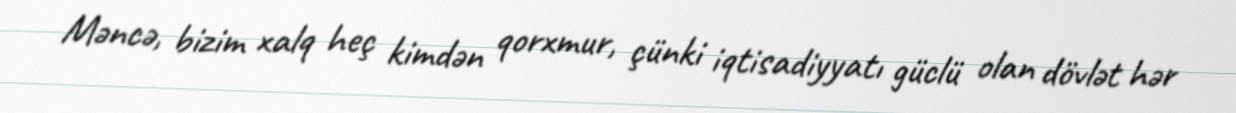
Məncə, bizim xalq heç kimdən qorxmur, çünki iqtisadiyyatı güclü olan dövlət hər